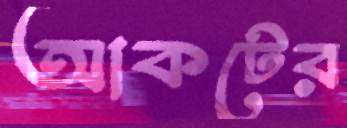
আকটের